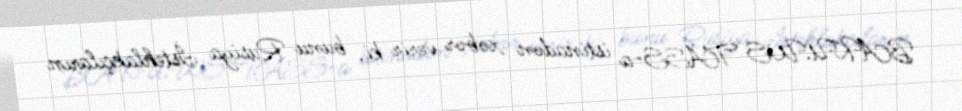
BAKU.WS TASS-a istinadən xəbər verir ki, bunu Rusiya İstehlakçıların